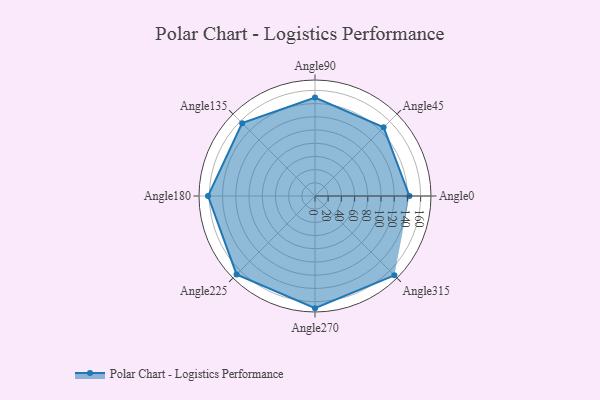
{"axis": {"x": "Angle", "y": "Radius"}, "legend": [""], "data": [{"x": "Angle0", "y": 143.0, "type": ""}, {"x": "Angle45", "y": 147.0, "type": ""}, {"x": "Angle90", "y": 149.0, "type": ""}, {"x": "Angle135", "y": 156.0, "type": ""}, {"x": "Angle180", "y": 162.0, "type": ""}, {"x": "Angle225", "y": 168.0, "type": ""}, {"x": "Angle270", "y": 170, "type": ""}, {"x": "Angle315", "y": 170, "type": ""}]}